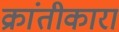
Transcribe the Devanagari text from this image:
क्रांतीकारा